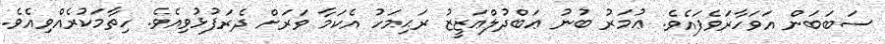
ސަބަބަން އަވަހާރަވެފައެވެ. ޢުމަރު ބުނު ޢަބްދުލްޢަޒީޒު ރަޙިމަހު އެކަމާ ވަރަށް ދެރަފުޅުވިއެވެ. ހިތާމަކުރެއްވިއެވެ.